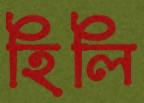
হিলি